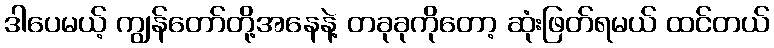
ဒါပေမယ့် ကျွန်တော်တို့အနေနဲ့ တခုခုကိုတော့ ဆုံးဖြတ်ရမယ် ထင်တယ်